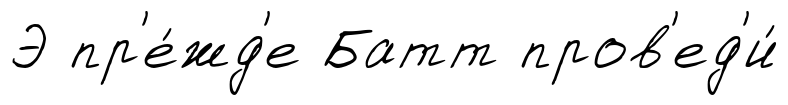
Э пр'е́жд'е Батт пров'ед'и́